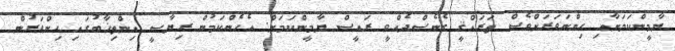
ޔާމީންކަމަށާއި ހިންނަވަރަށްވެސް ތަރައްޤީ ގެނެސްދެއްވީ ރައީސް ޔާމީންކަމަށް. އެހެންކަމުން ރިޔާސީ އިންތިޚާބުގައި ހިންވަރުން